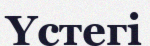
Үстегі